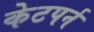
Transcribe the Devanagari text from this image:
केटपर्न